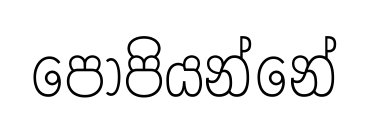
පොපියන්නේ